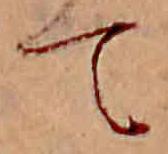
て